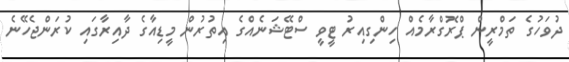
ދުވަހުގެ ތަމްރީން ޕްރޮގްރާމެއް ހިންގިއިރު ޓީވީ ސްޓޭޝަނެއްގެ އިތުރުން މީޑިއާގެ ދާއިރާގައި ކުރަންޖެހޭނެ